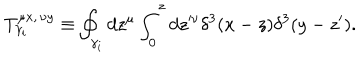
T _ { \gamma _ { i } } ^ { \mu x , \, \nu y } \equiv \oint _ { \gamma _ { i } } d z ^ { \mu } \int _ { 0 } ^ { z } d z ^ { \nu } \delta ^ { 3 } ( x - z ) \delta ^ { 3 } ( y - z ^ { \prime } ) .